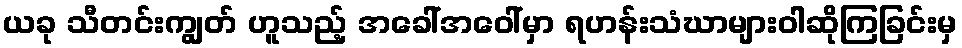
ယခု သီတင်းကျွတ် ဟူသည့် အခေါ်အဝေါ်မှာ ရဟန်းသံဃာများဝါဆိုကြခြင်းမှ